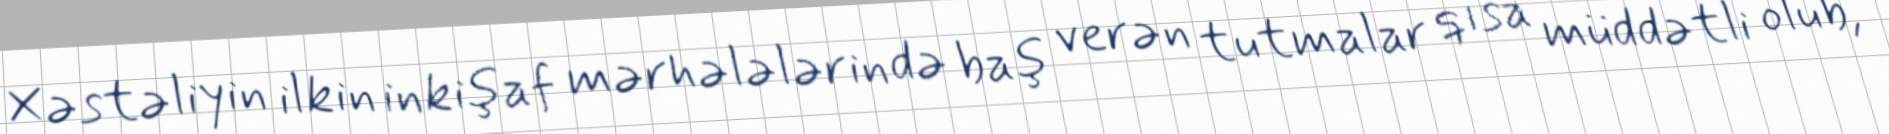
Xəstəliyin ilkin inkişaf mərhələlərində baş verən tutmalar qısa müddətli olub,